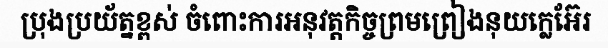
ប្រុងប្រយ័ត្នខ្ពស់ ចំពោះការអនុវត្តកិច្ចព្រមព្រៀងនុយក្លេអ៊ែរ